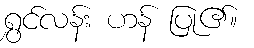
ရွှင်လန်း ဟန် ပြု၏။